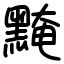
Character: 黤